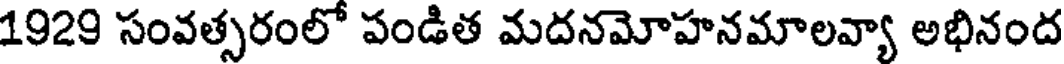
1929 సంవత్సరంలో పండిత మదనమోహనమాలవ్యా అభినంద